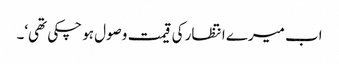
اب میرے انتظار کی قیمت وصول ہو چکی تھی‘۔